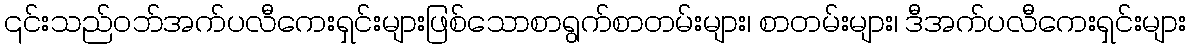
၎င်းသည်ဝဘ်အက်ပလီကေးရှင်းများဖြစ်သောစာရွက်စာတမ်းများ၊ စာတမ်းများ၊ ဒီအက်ပလီကေးရှင်းများ